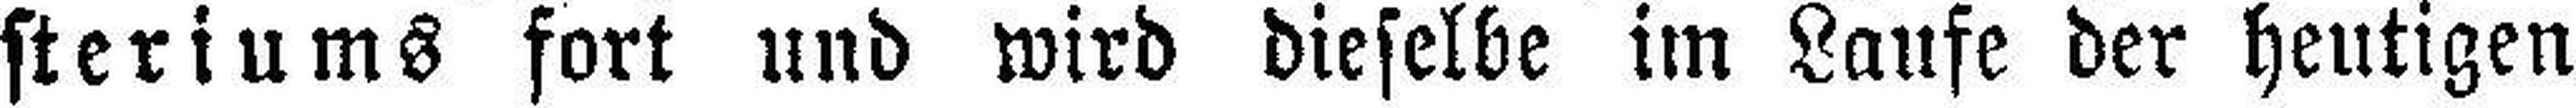
steriums fort und wird dieselbe im Laufe der heutigen